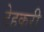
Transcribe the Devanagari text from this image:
टेहकरी